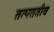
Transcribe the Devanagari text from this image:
तत्पततीव